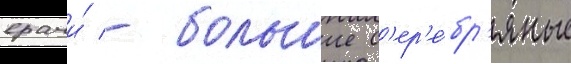
врачи́ - большие с'ер'е́бр'яные